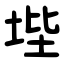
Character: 㙄